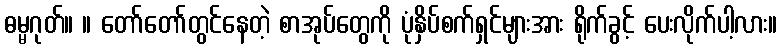
ဓမ္မဂုတ်။ ။ တော်တော်တွင်နေတဲ့ စာအုပ်တွေကို ပုံနှိပ်စက်ရှင်များအား ရိုက်ခွင့် ပေးလိုက်ပါ့လား။